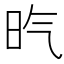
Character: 𣅠